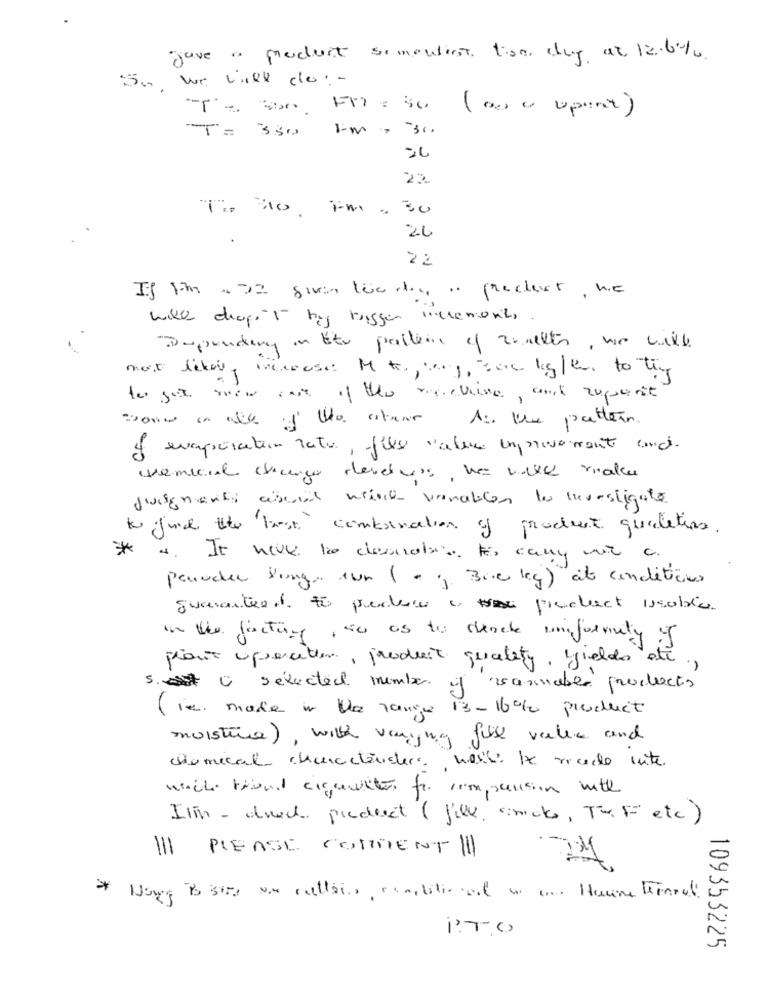
Have a product somewist time day at 12.6%.
S. we will do: -
Te Sto F17 : 30 (000 upent)
20
22
The No, FM. 30
20
22
If It - 22 gives the dis .. present, he
will chapet big bruggen increment,
Depending in the pattern of romeles, we will
not likely microse M to, say, Bou kg/e to tip
ter got new rate of the meeting, and zuperit
"sono an alle àl' to atuur 1: Une pattern
of evaporation lato, filese valere improvement und.
cremeoil change deretours , he will make
justments abend wird vrenation to Investigate
to find the best combination of product qualities.
*
4. It never to desnotes. I cany wt a.
parader long run (- 1 300 kg) at conditions
guaranteed to produce a to product issobie
in the factin , so as to deadle uniformity
1.
plant operation, product quality, yields de
s. C selected member
y vannaber products
(ie. made in the range 13-16% product
moisture), with varing fuse value and
chemical characterders neste. De recede inte
wach round circuitos for comparison with
Itin - druck product (fill, smaks, The F etc)
III PLEASE COMMENT |||
1.TO
109353225